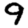
Digit: 9